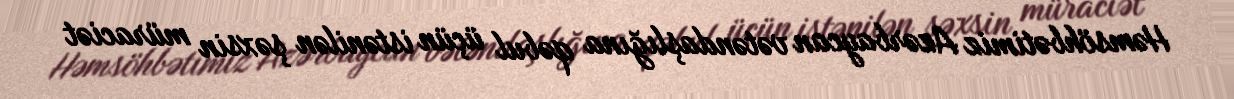
Həmsöhbətimiz Azərbaycan vətəndaşlığına qəbul üçün istənilən şəxsin müraciət